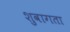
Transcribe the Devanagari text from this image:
शुवागता